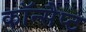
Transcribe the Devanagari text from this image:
कॉन्सैप्ट